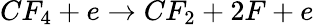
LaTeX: CF_{4}+e\rightarrow CF_{2}+2F+e